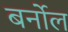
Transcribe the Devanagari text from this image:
बर्नोल